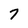
Character: 7